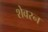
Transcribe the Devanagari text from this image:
शेवरन